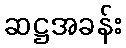
ဆဋ္ဌအခန်း